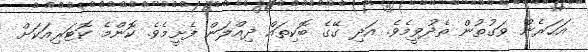
އަހަރެން ވަގުތުން ތެދުވީމެވެ. އަދި ގޭގެ ބޮކިތައް ދިއްލަން ފެށީމެވެ. ކޮންމެ ކޮޓަރިއަކަށް